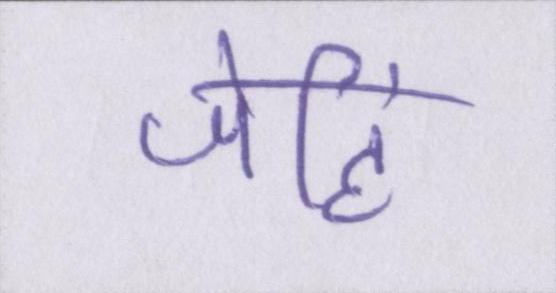
जेहिं